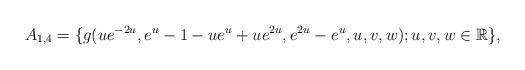
LaTeX: \begin{align*} A_{1,4}=\{g(ue^{-2u},e^{u}-1-ue^{u}+ue^{2u},e^{2u}-e^{u},u,v,w); u, v, w \in \mathbb R\}, \end{align*}